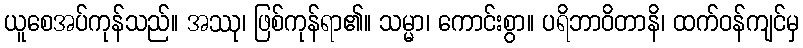
ယူစေအပ်ကုန်သည်။ အဿု၊ ဖြစ်ကုန်ရာ၏။ သမ္မာ၊ ကောင်းစွာ။ ပရိဘာဝိတာနိ၊ ထက်ဝန်ကျင်မှ